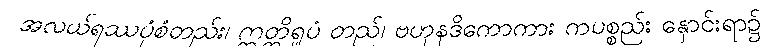
အလယ်ရဿပုံစံတည်း၊ ဣတ္ထိရူပံ တည်၊ ဗဟုနဒိကောကား ကပစ္စည်း နှောင်းရာ၌